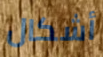
أشكال